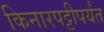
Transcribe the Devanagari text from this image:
किनारपट्टीपर्यंत